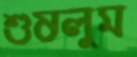
শুষলুম